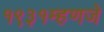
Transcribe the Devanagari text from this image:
१९३१म्हणजे